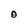
Character: O